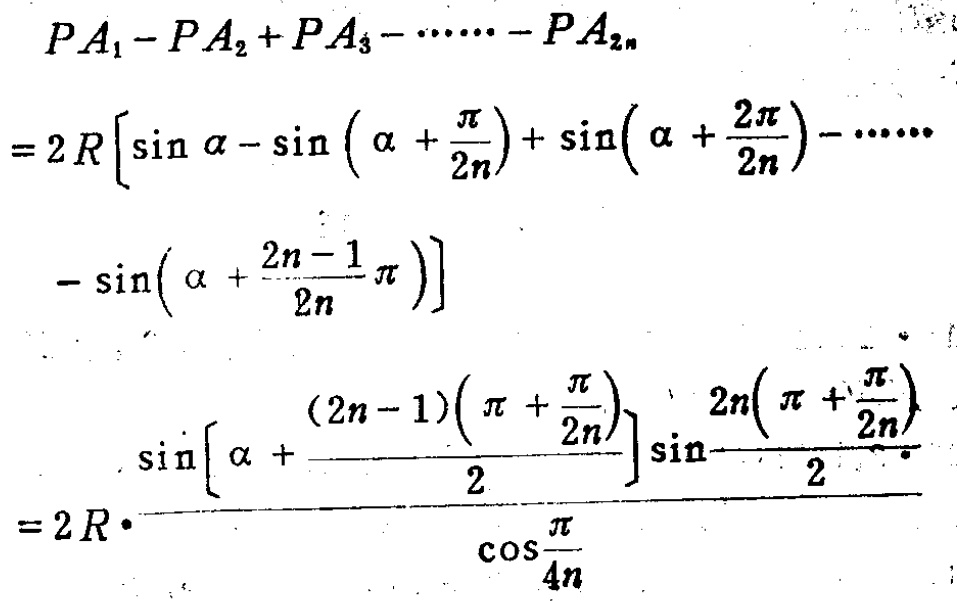
\[
\begin{align*}
&PA_1 - PA_2+PA_3-\cdots - PA_{2n}\\
=&2R\left[\sin\alpha-\sin\left(\alpha + \frac{\pi}{2n}\right)+\sin\left(\alpha+\frac{2\pi}{2n}\right)-\cdots-\sin\left(\alpha+\frac{2n - 1}{2n}\pi\right)\right]\\
=&2R\cdot\frac{\sin\left[\alpha+\frac{(2n - 1)\left(\pi+\frac{\pi}{2n}\right)}{2}\right]\sin\frac{2n\left(\pi+\frac{\pi}{2n}\right)}{2}}{\cos\frac{\pi}{4n}}
\end{align*}
\]